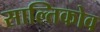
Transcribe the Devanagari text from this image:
साल्तिकोव